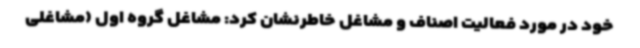
خود در مورد فعالیت اصناف و مشاغل خاطرنشان کرد: مشاغل گروه اول (مشاغلی